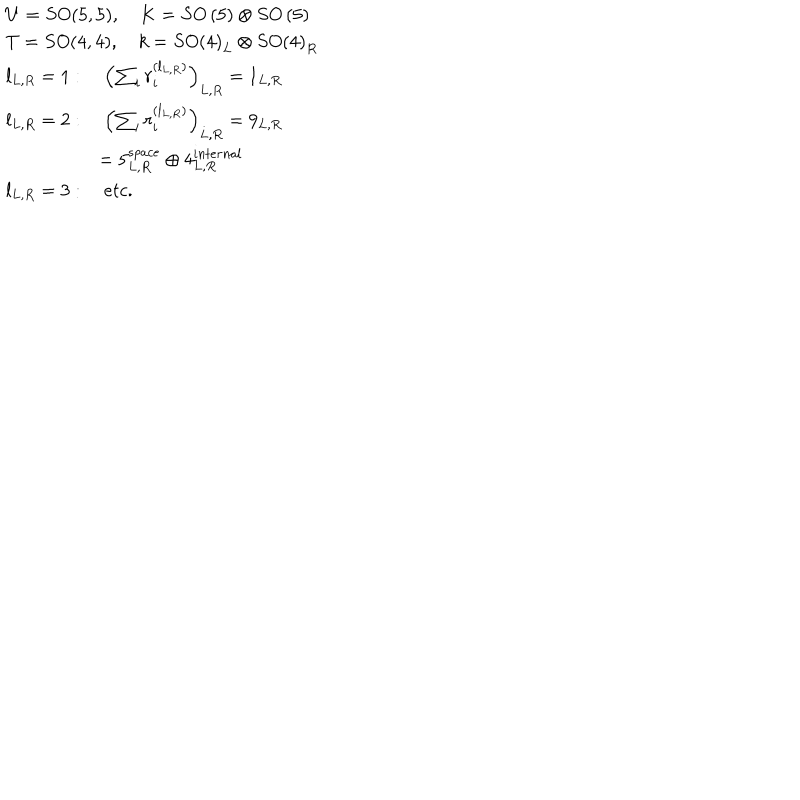
\begin{array} { l } { { U = S O ( 5 , 5 ) , \quad K = S O \left( 5 \right) \otimes S O \left( 5 \right) } } \\ { { T = S O ( 4 , 4 ) , \quad k = S O \left( 4 \right) _ { L } \otimes S O \left( 4 \right) _ { R } } } \\ { { l _ { L , R } = 1 : \quad \left( \sum _ { i } r _ { i } ^ { ( l _ { L , R } ) } \right) _ { L , R } = 1 _ { L , R } } } \\ { { l _ { L , R } = 2 : \quad \left( \sum _ { i } r _ { i } ^ { ( l _ { L , R } ) } \right) _ { L , R } = 9 _ { L , R } } } \\ { { \quad \quad \quad \quad \quad = 5 _ { L , R } ^ { s p a c e } \oplus 4 _ { L , R } ^ { i n t e r n a l } } } \\ { { l _ { L , R } = 3 : \quad e t c . } } \\ \end{array}